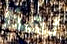
لهذا